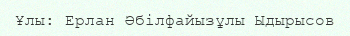
Ұлы: Ерлан Әбілфайызұлы Ыдырысов